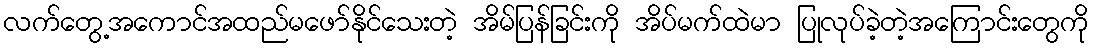
လက်တွေ့အကောင်အထည်မဖော်နိုင်သေးတဲ့ အိမ်ပြန်ခြင်းကို အိပ်မက်ထဲမာ ပြုလုပ်ခဲ့တဲ့အကြောင်းတွေကို